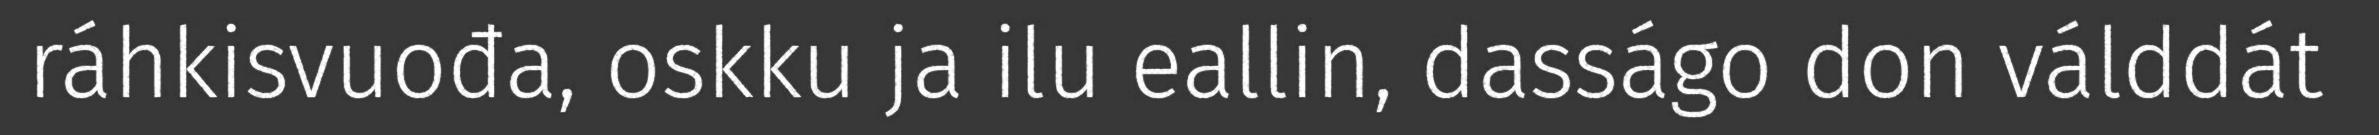
ráhkisvuođa, oskku ja ilu eallin, dasságo don válddát